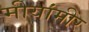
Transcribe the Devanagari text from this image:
मीयांमीर